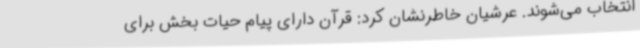
انتخاب می‌شوند. عرشیان خاطرنشان کرد: قرآن دارای پیام حیات بخش برای